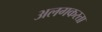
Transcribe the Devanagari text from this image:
अलगकरता